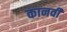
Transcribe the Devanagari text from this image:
कानवी